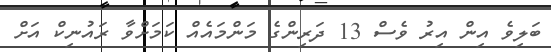
ބަލިވެ އިން އިރު ވެސް 13 ދަރިންގެ މަންމައެއް ކަމަށްވާ ރައުނިކް އަށް